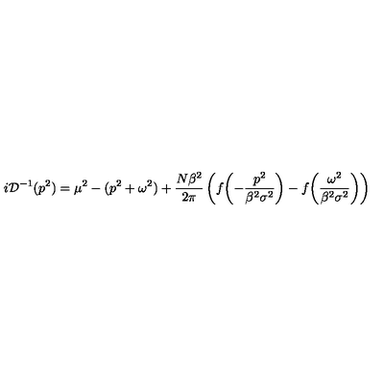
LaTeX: i { \cal D } ^ { - 1 } ( p ^ { 2 } ) = \mu ^ { 2 } - ( p ^ { 2 } + \omega ^ { 2 } ) + \frac { N \beta ^ { 2 } } { 2 \pi } \left( f \biggl ( - \frac { p ^ { 2 } } { \beta ^ { 2 } \sigma ^ { 2 } } \biggr ) - f \biggl ( \frac { \omega ^ { 2 } } { \beta ^ { 2 } \sigma ^ { 2 } } \biggr ) \right)